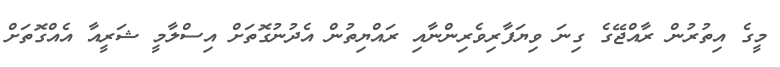
މީގެ އިތުރުން ރާއްޖޭގެ ގިނަ ވިޔަފާރިވެރިންނާއި ރައްޔިތުން އެދުނުގޮތަށް އިސްލާމީ ޝަރީއާ އެއްގޮތަށް